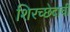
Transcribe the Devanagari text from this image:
शिरच्छेदाची